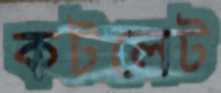
কটলেট